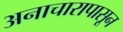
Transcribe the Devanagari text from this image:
अनाचारापासून